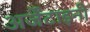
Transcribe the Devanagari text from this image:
अर्जेंटाइनी